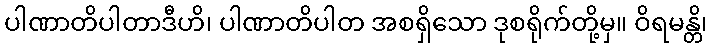
ပါဏာတိပါတာဒီဟိ၊ ပါဏာတိပါတ အစရှိသော ဒုစရိုက်တို့မှ။ ဝိရမန္တိ၊